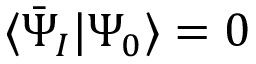
\ensuremath { \langle \bar { \Psi } _ { I } \vert \Psi _ { 0 } \rangle } = 0